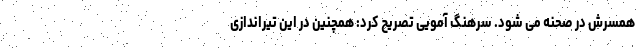
همسرش در صحنه می شود. سرهنگ آمویی تصریح کرد: همچنین در این تیراندازی